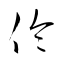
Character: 伶